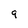
Character: 9